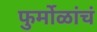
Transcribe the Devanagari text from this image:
फुर्मोळांचं